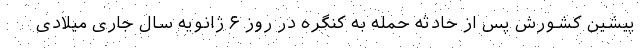
پیشین کشورش پس از حادثه حمله به کنگره در روز ۶ ژانویه سال جاری میلادی